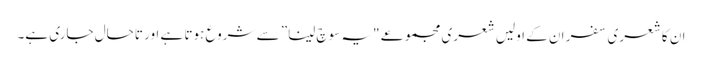
ان کا شعری سفر ان کے اولیں شعری مجموعے "یہ سوچ لینا” سے شروع ہوتا ہے اور تاحال جاری ہے۔